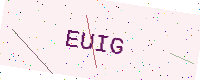
Text: EUIG